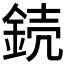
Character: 𨧣